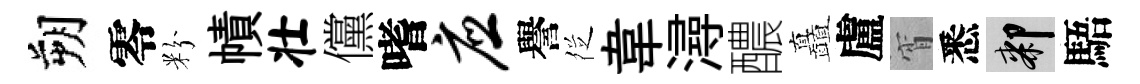
朔零粉幘壮儻嗜应譽徔韋潯醲矗盧宵悉膝䮏